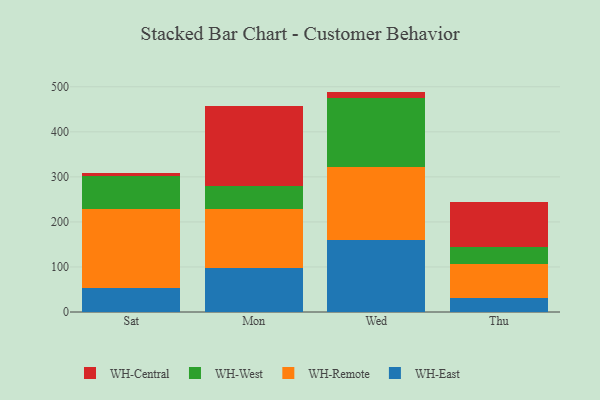
{"axis": {"x": "Day", "y": "Headcount"}, "legend": ["WH-Central", "WH-East", "WH-Remote", "WH-West"], "data": [{"x": "Sat", "y": 54.2, "type": "WH-East"}, {"x": "Sat", "y": 174.1, "type": "WH-Remote"}, {"x": "Sat", "y": 73.7, "type": "WH-West"}, {"x": "Sat", "y": 7.1, "type": "WH-Central"}, {"x": "Mon", "y": 98.4, "type": "WH-East"}, {"x": "Mon", "y": 130.8, "type": "WH-Remote"}, {"x": "Mon", "y": 50.4, "type": "WH-West"}, {"x": "Mon", "y": 178.1, "type": "WH-Central"}, {"x": "Wed", "y": 160.2, "type": "WH-East"}, {"x": "Wed", "y": 162.6, "type": "WH-Remote"}, {"x": "Wed", "y": 151.4, "type": "WH-West"}, {"x": "Wed", "y": 15.1, "type": "WH-Central"}, {"x": "Thu", "y": 31.4, "type": "WH-East"}, {"x": "Thu", "y": 76.1, "type": "WH-Remote"}, {"x": "Thu", "y": 35.9, "type": "WH-West"}, {"x": "Thu", "y": 101.5, "type": "WH-Central"}]}